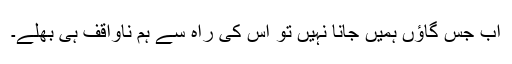
اب جس گاؤں ہمیں جانا نہیں تو اس کی راہ سے ہم ناواقف ہی بھلے۔